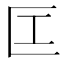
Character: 匞